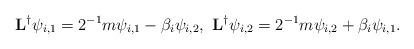
LaTeX: \begin{align*}\mathbf{L}^\dagger \psi_{i,1}=2^{-1}m\psi_{i,1}-\beta_i\psi_{i,2} ,\ \mathbf{L}^\dagger \psi_{i,2}=2^{-1}m\psi_{i,2}+\beta_i\psi_{i,1}.\end{align*}